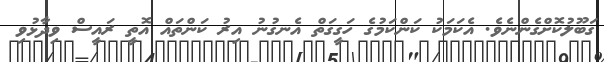
ގަބޫލުކޮށްގެންނެވެ. އެކަމަކު ކަންކަމުގެ ހަގީގަތް އެނގުނު އިރު ކަންތައް އޮތީ ރައީސް ވިދާޅުވި